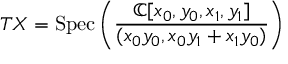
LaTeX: T X = { \mathrm { S p e c } } \left( { \frac { \mathbb { C } [ x _ { 0 } , y _ { 0 } , x _ { 1 } , y _ { 1 } ] } { ( x _ { 0 } y _ { 0 } , x _ { 0 } y _ { 1 } + x _ { 1 } y _ { 0 } ) } } \right)